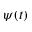
\psi ( t )